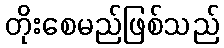
တိုးစေမည်ဖြစ်သည်